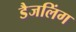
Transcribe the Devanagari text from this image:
डैजलिंग